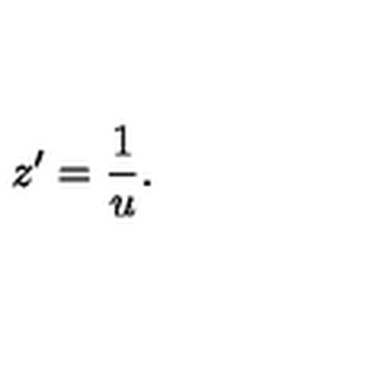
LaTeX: z ^ { \prime } = { \frac { 1 } { u } } .